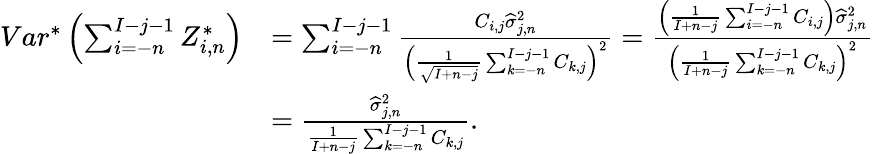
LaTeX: \begin{array}{rl}{Var^{*}\left(\sum_{i=-n}^{I-j-1}Z_{i,n}^{*}\right)}&{=\sum_{i=-n}^{I-j-1}\frac{C_{i,j}\widehat\sigma_{j,n}^{2}}{\left(\frac{1}{\sqrt{I+n-j}}\sum_{k=-n}^{I-j-1}C_{k,j}\right)^{2}}=\frac{\left(\frac{1}{I+n-j}\sum_{i=-n}^{I-j-1}C_{i,j}\right)\widehat\sigma_{j,n}^{2}}{\left(\frac{1}{I+n-j}\sum_{k=-n}^{I-j-1}C_{k,j}\right)^{2}}}\\ &{=\frac{\widehat\sigma_{j,n}^{2}}{\frac{1}{I+n-j}\sum_{k=-n}^{I-j-1}C_{k,j}}.}\end{array}